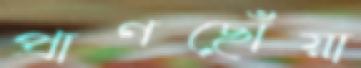
প্রাণছোঁয়া